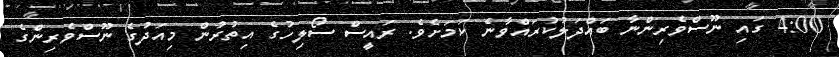
4:00 ގައި ނޫސްވެރިންނާ ބައްދަލުކުރައްވާނެ ކަމަށެވެ. ރައީސް ސޯލިހުގެ އިތުރުން މިއަދުގެ ނޫސްވެރިންގެ